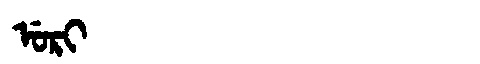
Manchu: ᡠᡵᡳ
Romanization: URI